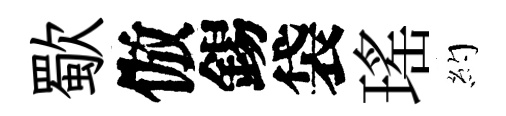
歜倣錫袋瑤約